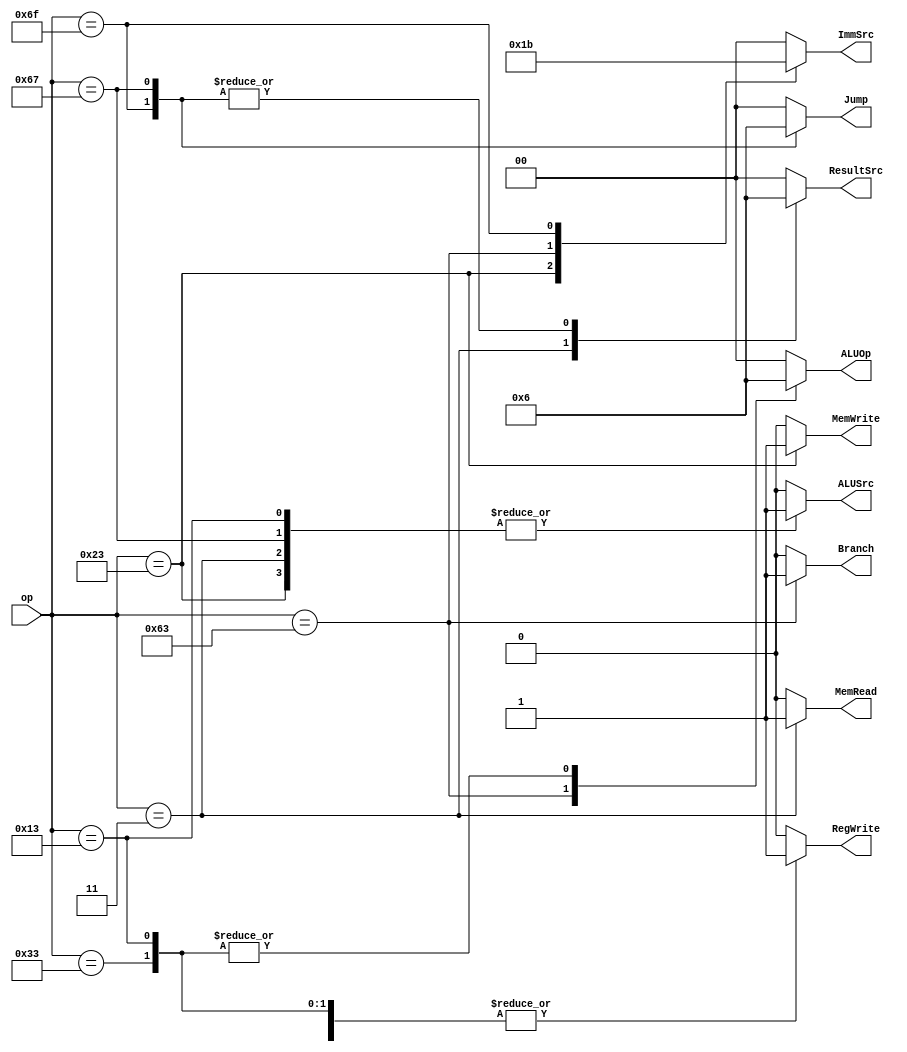
module MainDecoder(
	input wire [6:0] op,

	output reg Branch,MemWrite,MemRead,ALUSrc,RegWrite,
	output reg [1:0] ImmSrc,ALUOp,ResultSrc,
	output reg [1:0] Jump                     //input for a mux which decide it's a (PCTarget) or a (jump address) or (PC + 4)
);

	always @(*)
	begin
		case (op)
			7'b0000011:                             //lw istruction
			begin
				RegWrite = 1'b1;
				ImmSrc = 2'b00;
				ALUSrc = 1'b1;
				MemWrite = 1'b0;
				MemRead = 1'b1;
				ResultSrc = 2'b01;
				Branch = 1'b0;
				ALUOp = 2'b00;
				Jump = 2'b00;                         //No jump (PC + 4)
			end
			
			7'b0100011:                             //sw instruction
			begin
				RegWrite = 1'b0;
				ImmSrc = 2'b01;
				ALUSrc = 1'b1;
				MemWrite = 1'b1;
				MemRead = 1'b0;
				ResultSrc = 2'b00;
				Branch = 1'b0;
				ALUOp = 2'b00;
				Jump = 2'b00;                         //No jump (PC + 4)
			end
			
			7'b0110011:                             //R-type instruction
			begin
				RegWrite = 1'b1;
				ImmSrc = 2'b00;
				ALUSrc = 1'b0;
				MemWrite = 1'b0;
				MemRead = 1'b0;
				ResultSrc = 2'b00;
				Branch = 1'b0;
				ALUOp = 2'b10;
				Jump = 2'b00;                         //No jump (PC + 4)
			end
			
			7'b1100011:                             //B-type instruction
			begin
				RegWrite = 1'b0;
				ImmSrc = 2'b10;
				ALUSrc = 1'b0;
				MemWrite = 1'b0;
				MemRead = 1'b0;
				ResultSrc = 2'b00;
				Branch = 1'b1;
				ALUOp = 2'b01;
				Jump = 2'b00;                         //No jump instruction it is branching
			end
			
			7'b0010011:                             //I-type ALU instruction
			begin
				RegWrite = 1'b1;
				ImmSrc = 2'b00;
				ALUSrc = 1'b1;
				MemWrite = 1'b0;
				MemRead = 1'b0;
				ResultSrc = 2'b00;
				Branch = 1'b0;
				ALUOp = 2'b10;
				Jump = 2'b00;                         //No jump (PC + 4)
			end
			
			7'b1101111:                             //jal instruction
			begin
				RegWrite = 1'b1;
				ImmSrc = 2'b11;
				ALUSrc = 1'b0;
				MemWrite = 1'b0;
				MemRead = 1'b0;
				ResultSrc = 2'b10;
				Branch = 1'b0;
				ALUOp = 2'b00;
				Jump = 2'b01;                         //Jump to (PCTarget)
			end
		
			7'b1100111:                             //jalr instruction
			begin
				RegWrite = 1'b1;
				ImmSrc = 2'b00;
				ALUSrc = 1'b1;
				MemWrite = 1'b0;
				MemRead = 1'b0;
				ResultSrc = 2'b10;
				Branch = 1'b0;
				ALUOp = 2'b00;
				Jump = 2'b10;                         //Jump to (jump address)
			end
			
			default:
			begin
				RegWrite = 1'b0;
				ImmSrc = 2'b00;
				ALUSrc = 1'b0;
				MemWrite = 1'b0;
				MemRead = 1'b0;
				ResultSrc = 2'b00;
				Branch = 1'b0;
				ALUOp = 2'b00;
				Jump = 2'b00;
			end
		endcase
	end
	
endmodule